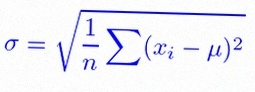
\sigma=\sqrt{\frac1n\sum(x_i-\mu)^2}